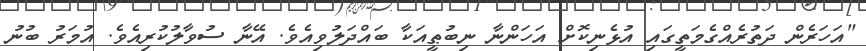
"އަހަރެން ދަތުރެއްގެމަތީގައި އުޅެނިކޮށް އަހަންނާ ނިބުޠީއަކާ ބައްދަލުވިއެވެ. އޭނާ ސުވާލުކުރިއެވެ. އުމަރު ބުނު